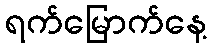
ရက်မြောက်နေ့